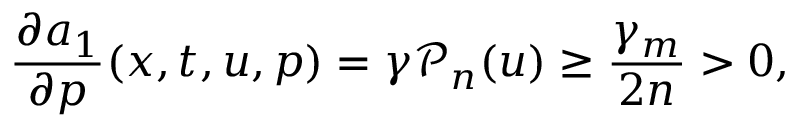
\frac { \partial a _ { 1 } } { \partial p } ( x , t , u , p ) = \gamma \mathcal { P } _ { n } ( u ) \geq \frac { \gamma _ { m } } { 2 n } > 0 ,